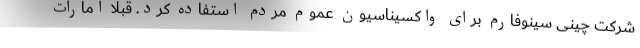
شرکت چینی سینوفارم برای واکسیناسیون عموم مردم استفاده کرد. قبلا امارات